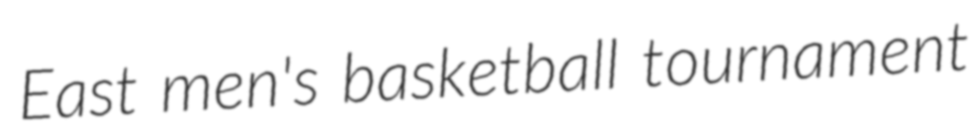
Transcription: East men's basketball tournament